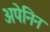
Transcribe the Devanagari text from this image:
अपेनिन